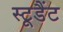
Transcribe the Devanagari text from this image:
स्टूडैंट